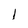
Character: 1